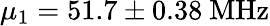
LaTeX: \mu_{1}=51.7\pm 0.38~\mathrm{MHz}